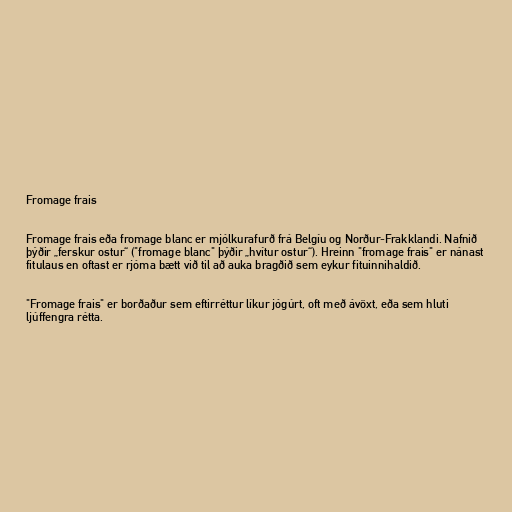
Fromage frais

Fromage frais eða fromage blanc er mjólkurafurð frá Belgíu og Norður-Frakklandi. Nafnið
þýðir „ferskur ostur“ ("fromage blanc" þýðir „hvítur ostur“). Hreinn "fromage frais" er nánast
fitulaus en oftast er rjóma bætt við til að auka bragðið sem eykur fituinnihaldið.

"Fromage frais" er borðaður sem eftirréttur líkur jógúrt, oft með ávöxt, eða sem hluti
ljúffengra rétta.